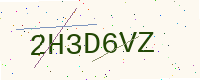
Text: 2H3D6VZ